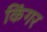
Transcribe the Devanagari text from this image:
किंगर